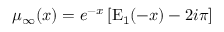
\mu _ { \infty } ( x ) = e ^ { - x } \left[ \mathrm { E } _ { 1 } ( - x ) - 2 i \pi \right]